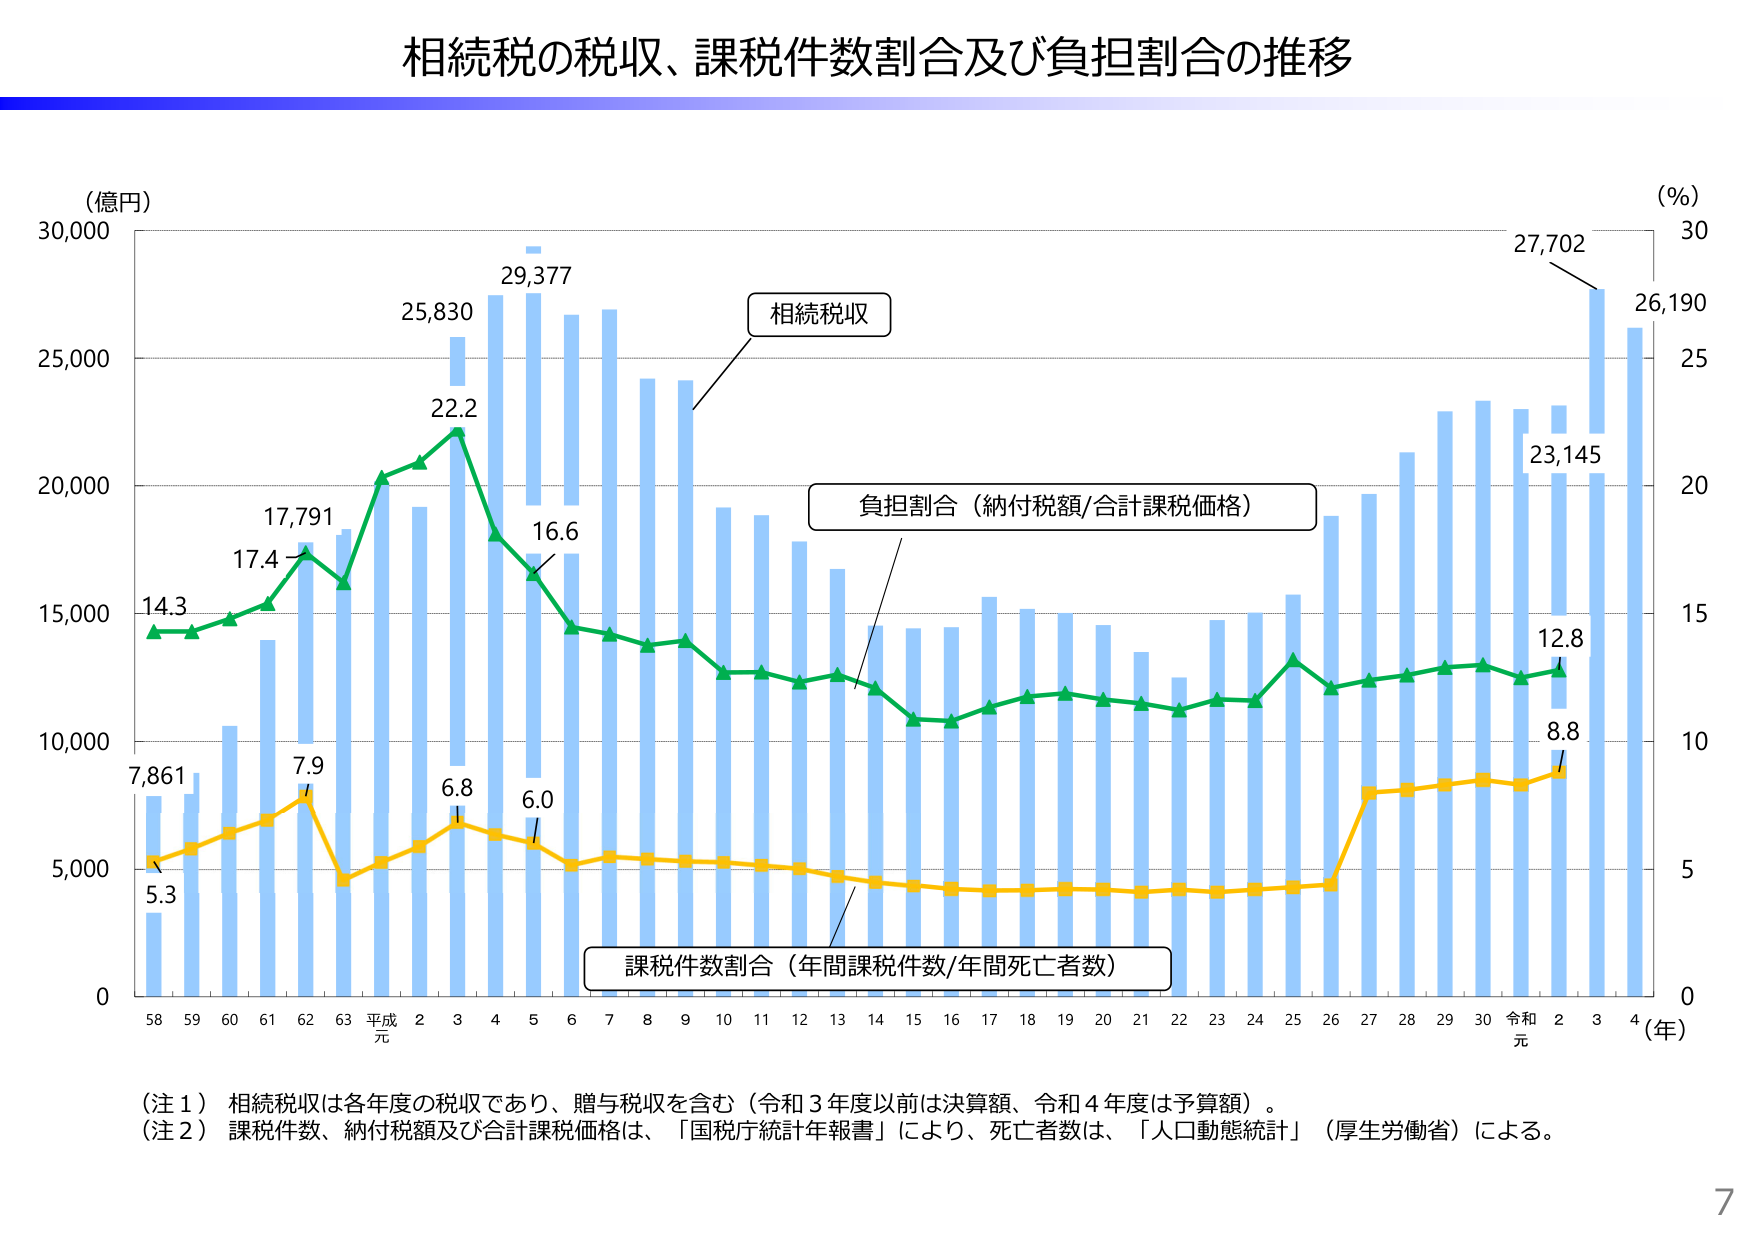
相続税の税収、課税件数割合及び負担割合の推移

（億円）
30,000
25,000
20,000
15,000
10,000
5,000
0

相続税収

負担割合（納付税額/合計課税価格）

課税件数割合（年間課税件数/年間死亡者数）

（%）
30
25
20
15
10
5
0

（年）
58 59 60 61 62 63 平成元 2 3 4 5 6 7 8 9 10 11 12 13 14 15 16 17 18 19 20 21 22 23 24 25 26 27 28 29 30 令和元 2 3 4

7,861
5.3
14.3
17.4
17,791
7.9
22.2
25,830
6.8
29,377
16.6
6.0
23,145
12.8
8.8
27,702
26,190

（注１）相続税収は各年度の税収であり、贈与税収を含む（令和３年度以前は決算額、令和４年度は予算額）。
（注２）課税件数、納付税額及び合計課税価格は、「国税庁統計年報書」により、死亡者数は、「人口動態統計」（厚生労働省）による。

7